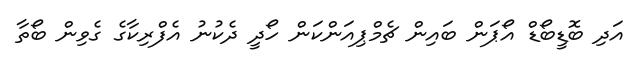
އަދި ބޮޑީބޯޑް އޯޕަން ބައިން ޗެމްޕިއަންކަން ހޯދީ ދެކުނު އެފްރިކާގެ ގެވިން ބޯތާ